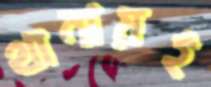
থানায়ই